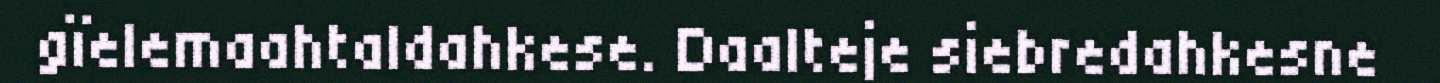
gïelemaahtaldahkese. Daalteje siebredahkesne